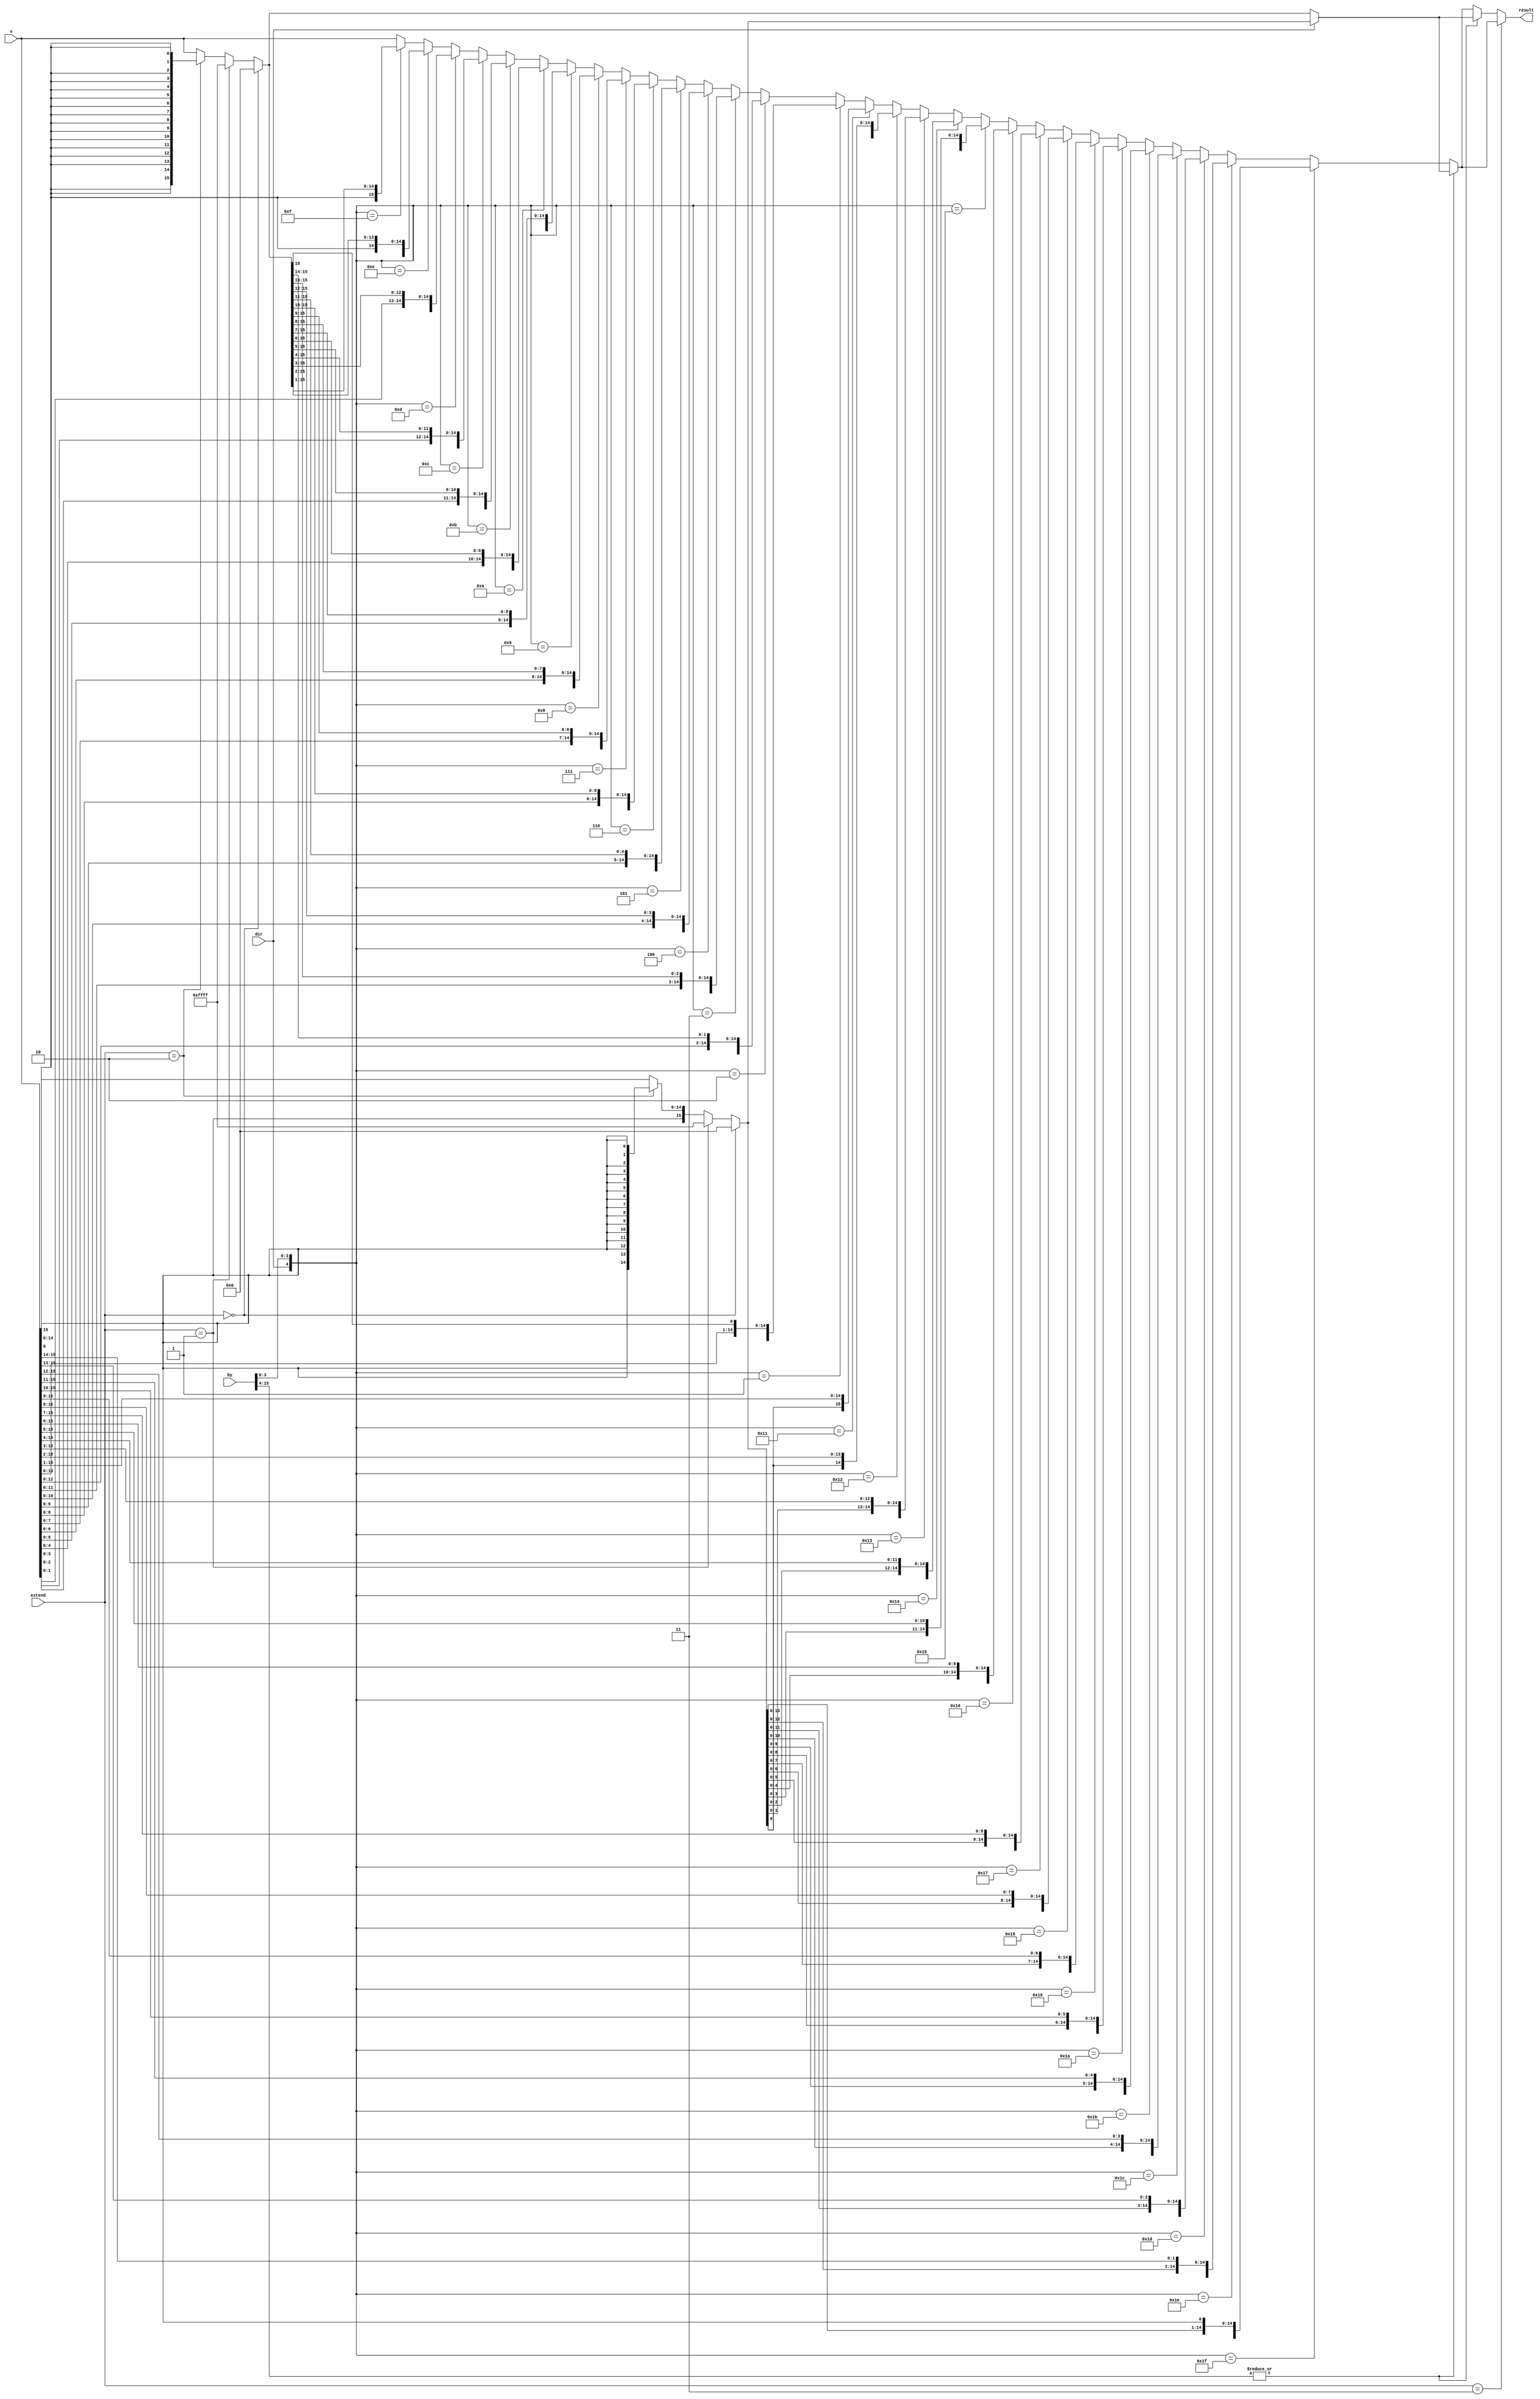
module shifter (
	input [15:0] v,      // number to shift
	input [15:0] by,     // bits to shift by
	input dir,           // 0 = left shift, 1 = right shift
	input [1:0] extend,  // 0 = zero extend, 1 = one extend, 2 = sign extend (or last bit), 3 = barrel shift
	output [15:0] result
);

	wire [47:0] x;
	
	assign x = {
		extend == 2'b00 ? 16'h0 :
		extend == 2'b01 ? 16'hFFFF :
		extend == 2'b10 ? {16{v[15]}} : v,

		v,

		extend == 2'b00 ? 16'h0 :
		extend == 2'b01 ? 16'hFFFF :
		extend == 2'b10 ? {16{v[0]}} : v
	};

	wire [15:0] barrelResult;
	wire [15:0] otherResult;

	wire [4:0] dirAndAmount;
	assign dirAndAmount = {dir, by[3:0]};
	
	assign barrelResult =
		|(by[15:4]) ? (dir == 1'b1 ? x[47:32] : x[15:0]) :
		dirAndAmount == 5'h1F ? x[46:31] :
		dirAndAmount == 5'h1E ? x[45:30] :
		dirAndAmount == 5'h1D ? x[44:29] :
		dirAndAmount == 5'h1C ? x[43:28] :
		dirAndAmount == 5'h1B ? x[42:27] :
		dirAndAmount == 5'h1A ? x[41:26] :
		dirAndAmount == 5'h19 ? x[40:25] :
		dirAndAmount == 5'h18 ? x[39:24] :
		dirAndAmount == 5'h17 ? x[38:23] :
		dirAndAmount == 5'h16 ? x[37:22] :
		dirAndAmount == 5'h15 ? x[36:21] :
		dirAndAmount == 5'h14 ? x[35:20] :
		dirAndAmount == 5'h13 ? x[34:19] :
		dirAndAmount == 5'h12 ? x[33:18] :
		dirAndAmount == 5'h11 ? x[32:17] :
		// zero shift is handled at the bottom
		dirAndAmount == 5'h01 ? x[30:15] :
		dirAndAmount == 5'h02 ? x[29:14] :
		dirAndAmount == 5'h03 ? x[28:13] :
		dirAndAmount == 5'h04 ? x[27:12] :
		dirAndAmount == 5'h05 ? x[26:11] :
		dirAndAmount == 5'h06 ? x[25:10] :
		dirAndAmount == 5'h07 ? x[24:9] :
		dirAndAmount == 5'h08 ? x[23:8] :
		dirAndAmount == 5'h09 ? x[22:7] :
		dirAndAmount == 5'h0A ? x[21:6] :
		dirAndAmount == 5'h0B ? x[20:5] :
		dirAndAmount == 5'h0C ? x[19:4] :
		dirAndAmount == 5'h0D ? x[18:3] :
		dirAndAmount == 5'h0E ? x[17:2] :
		dirAndAmount == 5'h0F ? x[16:1] :
		x[31:16];
		
	assign otherResult =
		|(by[15:4]) ? (dir == 1'b1 ? x[47:32] : x[15:0]) : barrelResult;
		
	assign result = extend == 2'b11 ? barrelResult : otherResult;
endmodule